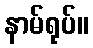
နာမ်ရုပ်။